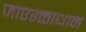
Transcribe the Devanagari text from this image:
जाएरक्ताधान